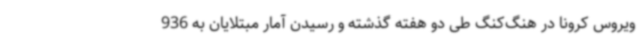
ویروس کرونا در هنگ‌کنگ طی دو هفته گذشته و رسیدن آمار مبتلایان به 936